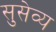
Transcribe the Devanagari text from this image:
सुसेव्य